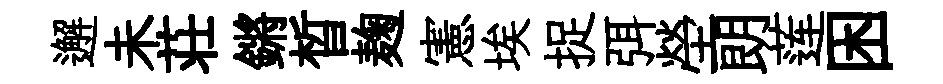
邂未荘鏘晳麹憲埃捉弭塋朗莲困